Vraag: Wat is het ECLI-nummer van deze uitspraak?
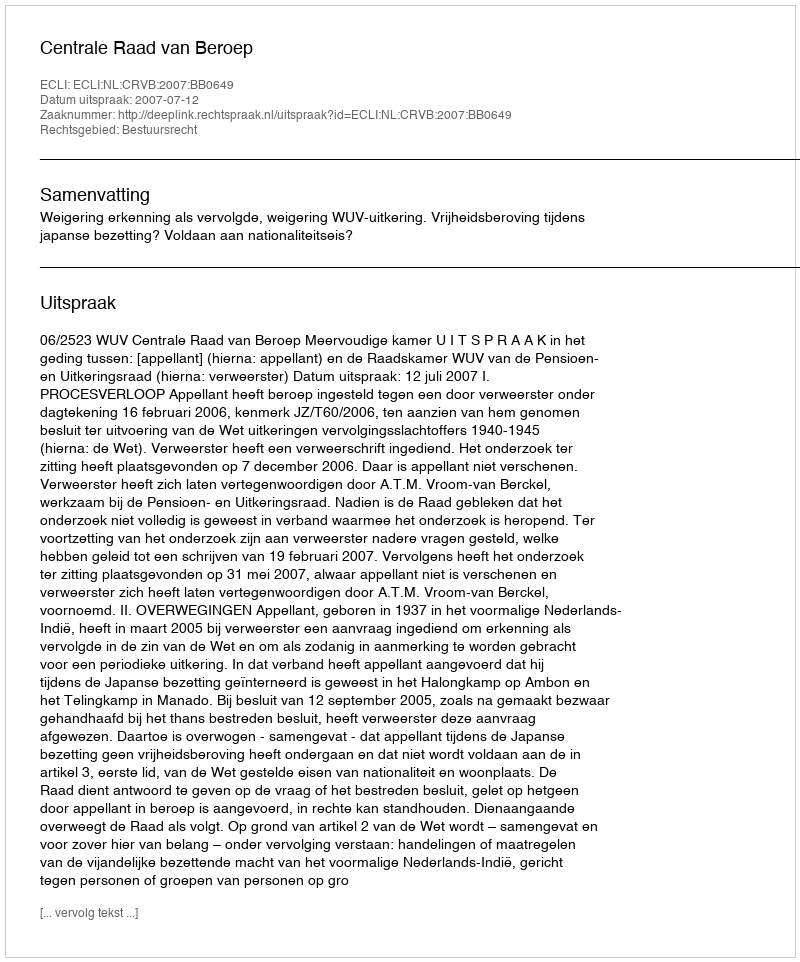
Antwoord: ECLI:NL:CRVB:2007:BB0649